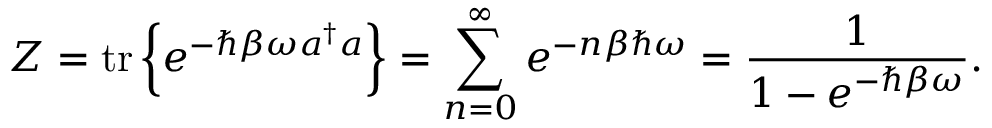
Z = { \mathrm { t r } } \left\{ \displaystyle e ^ { - \hbar \beta \omega a ^ { \dagger } a } \right\} = \sum _ { n = 0 } ^ { \infty } e ^ { - n \beta \hbar \omega } = { \frac { 1 } { 1 - e ^ { - \hbar \beta \omega } } } .